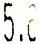
5.80